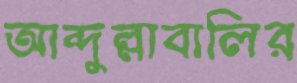
আব্দুল্লাবালির